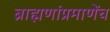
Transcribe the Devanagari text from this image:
ब्राह्मणांप्रमाणेंच